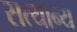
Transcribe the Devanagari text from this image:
सत्यान्य